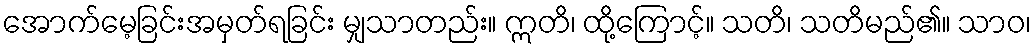
အောက်မေ့ခြင်းအမှတ်ရခြင်း မျှသာတည်း။ ဣတိ၊ ထို့ကြောင့်။ သတိ၊ သတိမည်၏။ သာဝ၊